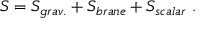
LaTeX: S = S _ { g r a v . } + S _ { b r a n e } + S _ { s c a l a r } \ .